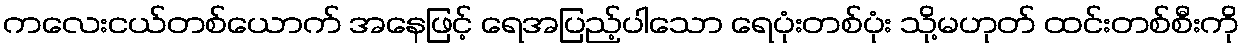
ကလေးငယ်တစ်ယောက် အနေဖြင့် ရေအပြည့်ပါသော ရေပုံးတစ်ပုံး သို့မဟုတ် ထင်းတစ်စီးကို